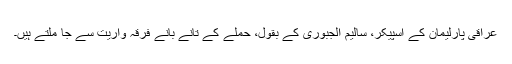
عراقی پارلیمان کے اسپیکر، سالیم الجبوری کے بقول، حملے کے تانے بانے فرقہ واریت سے جا ملتے ہیں۔